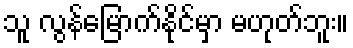
သူ လွန်မြောက်နိုင်မှာ မဟုတ်ဘူး။